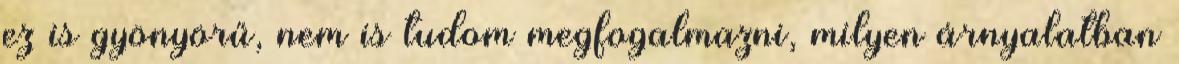
ez is gyönyörű, nem is tudom megfogalmazni, milyen árnyalatban